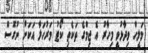
މަލީހް ވިދާޅުވީ މިހާރު އެ ޖިމްގެ ތަކެތި ކޯޓު މަރުހަލާ އަކަށް ނުގޮސް